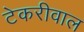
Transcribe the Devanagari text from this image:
टेकरीवाल